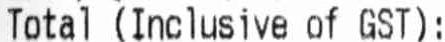
TOTAL (INCLUSIVE OF GST):